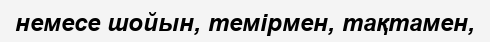
немесе шойын, темірмен, тақтамен,